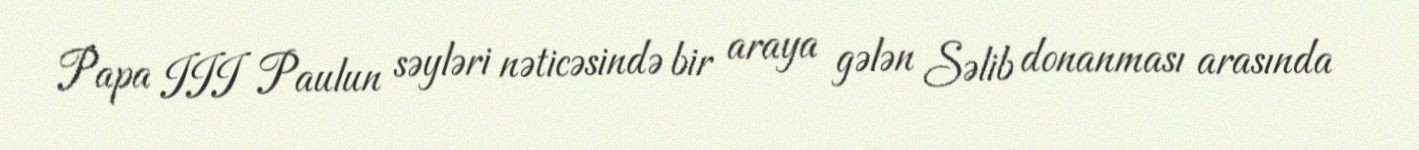
Papa III Paulun səyləri nəticəsində bir araya gələn Səlib donanması arasında